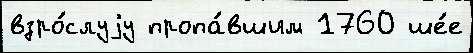
взро́слуjу пропа́вшим 1760 ше́е